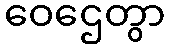
ဝေဌေတွာ